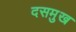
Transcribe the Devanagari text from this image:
दसमुख